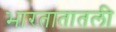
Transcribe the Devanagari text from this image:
भारतातातली